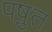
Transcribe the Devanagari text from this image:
पष़ुत